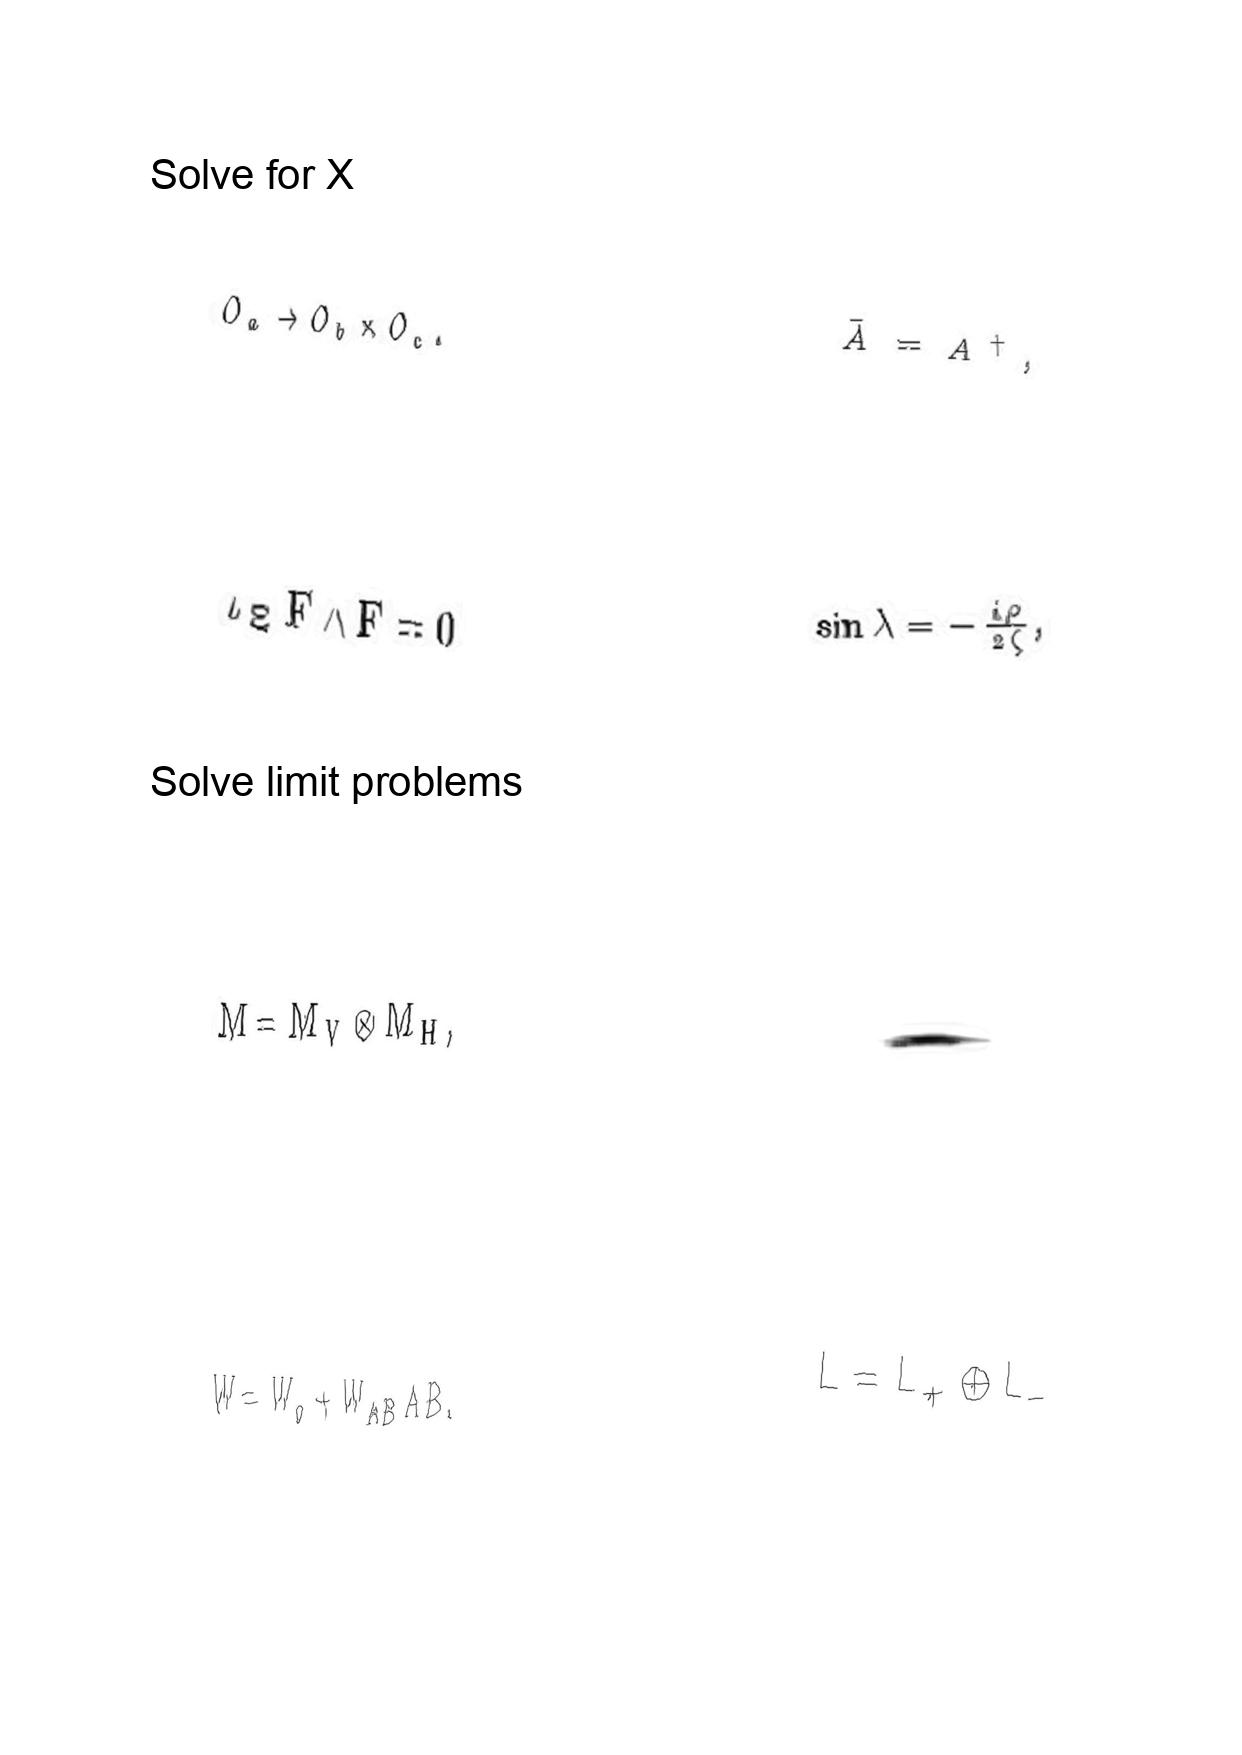
LaTeX transcription:
O _ { a } \rightarrow O _ { b } \times O _ { c } .
\iota _ { \Xi } F \wedge F = 0
M = M _ { V } \otimes M _ { H } ,
W = W _ { o } + W _ { A B } A B .
\bar { A } = A ^ { \dagger } ,
\sin \lambda = - \frac { i \rho } { 2 \zeta } ,
.
L = L _ { + } \oplus L _ { - }